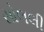
સોલલી